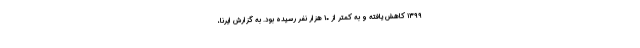
۱۳۹۹ کاهش یافته و به کمتر از ۱۰ هزار نفر رسیده بود. به گزارش ایرنا،